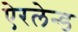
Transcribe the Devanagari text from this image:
ऐरलेन्ड